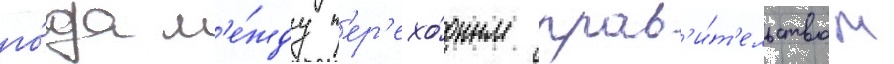
го́да м'е́жду п'ер'ехо́дным прав'и́т'ельством